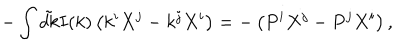
- \int \tilde { d k } I ( k ) \left( k ^ { i } X ^ { j } - k ^ { j } X ^ { i } \right) = - \left( P ^ { i } X ^ { j } - P ^ { j } X ^ { i } \right) ,